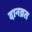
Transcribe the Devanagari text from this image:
दानव्रत